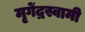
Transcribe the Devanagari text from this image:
मृगेंद्रस्वामी